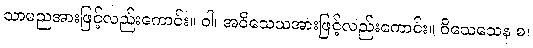
သာမညအားဖြင့်လည်းကောင်း။ ဝါ၊ အဝိသေသအားဖြင့်လည်းကောင်း။ ဝိသေသေန စ၊